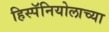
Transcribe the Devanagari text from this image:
हिस्पॅनियोलाच्या